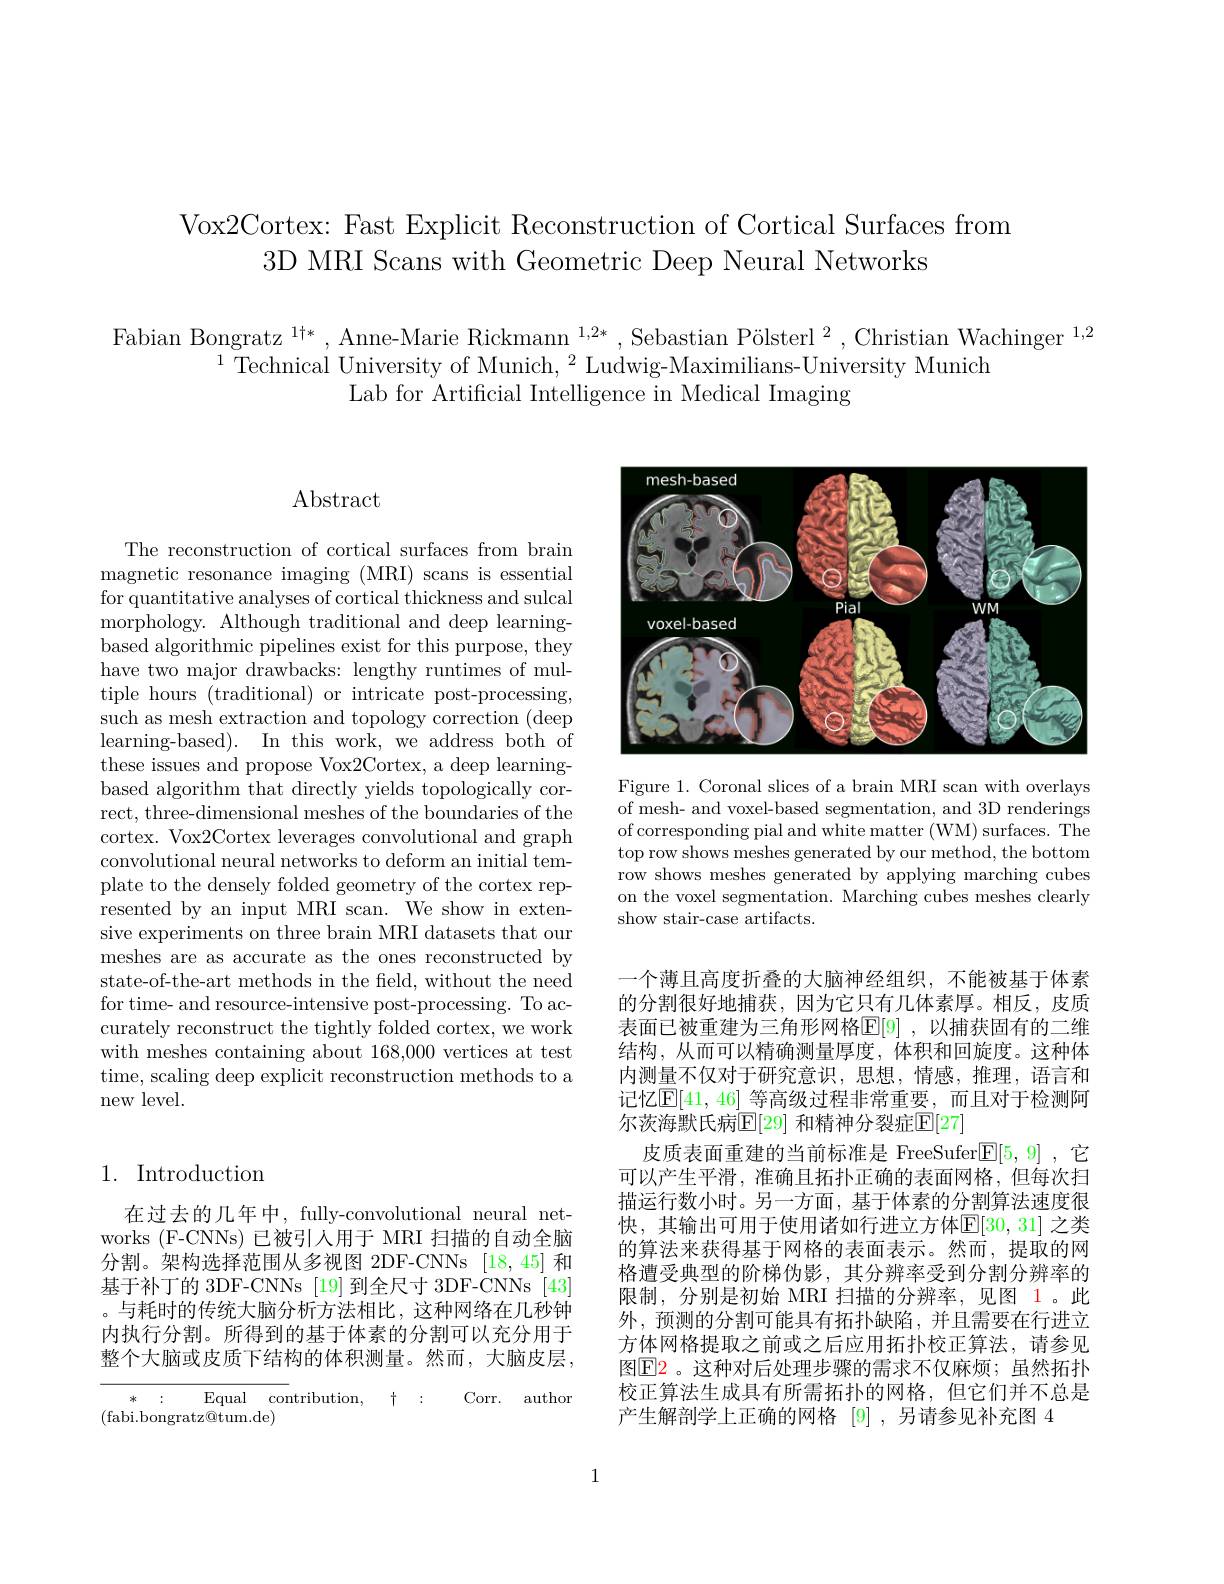
Vox2Cortex: Fast Explicit Reconstruction of Cortical Surfaces from
3D MRI Scans with Geometric Deep Neural Networks

Fabian Bongratz $^1\dagger*$, Anne-Marie Rickmann $^{1,2*},\text{Sebastian P\"{o}lsterl}^2$, Christian Wachinger $^1,2$
$^{1}$Technical University of Munich, $^2$Ludwig-Maximilians-University Munich
Lab for Artificial Intelligence in Medical Imaging

# Abstract

The reconstruction of cortical surfaces from brain magnetic resonance imaging (MRI) scans is essential for quantitative analyses of cortical thickness and sulcal morphology. Although traditional and deep learningbased algorithmic pipelines exist for this purpose, they have two major drawbacks: lengthy runtimes of multiple hours (traditional) or intricate post-processing, such as mesh extraction and topology correction (deep $learning- based) .$ In this work, we address both of these issues and propose Vox2Cortex, a deep learningbased algorithm that directly yields topologically correct, three-dimensional meshes of the boundaries of the cortex. Vox2Cortex leverages convolutional and graph convolutional neural networks to deform an initial template to the densely folded geometry of the cortex represented by an input MRI scan. We show in extensive experiments on three brain MRI datasets that our meshes are as accurate as the ones reconstructed by state-of-the-art methods in the field, without the need for time- and resource-intensive post-processing. To accurately reconstruct the tightly folded cortex, we work with meshes containing about 168,000 vertices at test time, scaling deep explicit reconstruction methods to a new level.

## 1. Introduction

在过去的几年中，fully-convolutional neural networks (F-CNNs) 已被引人用于 MRI 扫描的自动全脑分割。架构选择范围从多视图 2DF-CNNs [18,45] 和基于补丁的 3DF-CNNs [19] 到全尺寸 3DF-CNNs [43] 。与耗时的传统大脑分析方法相比，这种网络在几秒钟内执行分割。所得到的基于体素的分割可以充分用于整个大脑或皮质下结构的体积测量。然而，大脑皮层，

${\mathrm{Equal}}$ ${\mathrm{contribution}, }$ ${\dagger }$ {:}
Corr. author
*:
(fabi.bongratz@tum.de)

<FigureHere>

Figure 1. Coronal slices of a brain MRI scan with overlays of mesh- and voxel-based segmentation, and 3D renderings of corresponding pial and white matter (WM) surfaces. The top row shows meshes generated by our method, the bottom row shows meshes generated by applying marching cubes on the voxel segmentation. Marching cubes meshes clearly show stair-case artifacts.

一个薄且高度折叠的大脑神经组织，不能被基于体素的分割很好地捕获，因为它只有几体素厚。相反，皮质表面已被重建为三角形网格$\mathbb{E}[9]$ ,以捕获固有的二维结构，从而可以精确测量厚度，体积和回旋度。这种体内测量不仅对于研究意识，思想，情感，推理，语言和记忆$\mathbb{E}[41,46]$ 等高级过程非常重要，而且对于检测阿尔茨海默氏病$\overline{\mathbb{E}}[29]$ 和精神分裂症$\mathbb{E}[27]$
皮质表面重建的当前标准是 FreeSufer[5,9] ,它可以产生平滑，准确且拓扑正确的表面网格，但每次扫描运行数小时。另一方面，基于体素的分割算法速度很快，其输出可用于使用诸如行进立方体$\mathbb{E}[30,31]$ 之类的算法来获得基于网格的表面表示。然而，提取的网格遭受典型的阶梯伪影，其分辨率受到分割分辨率的限制，分别是初始 MRI 扫描的分辨率，见图 1。此外，预测的分割可能具有拓扑缺陷，并且需要在行进立方体网格提取之前或之后应用拓扑校正算法，请参见图$\boxed{\mathrm{E}}$2。这种对后处理步骤的需求不仅麻烦；虽然拓扑校正算法生成具有所需拓扑的网格，但它们并不总是产生解剖学上正确的网格[9] ,另请参见补充图 4

1